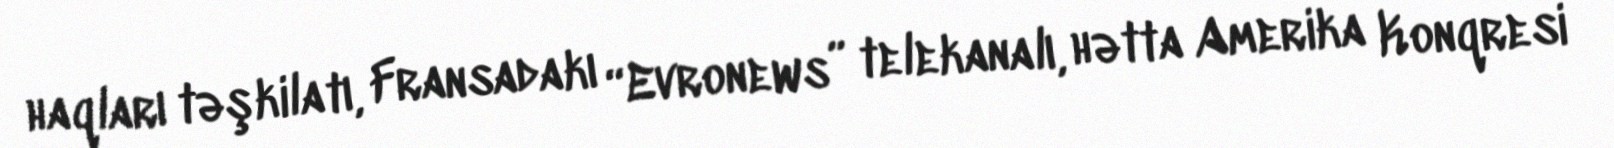
haqları təşkilatı, Fransadakı “Evronews” telekanalı, hətta Amerika Konqresi